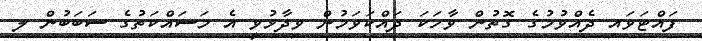
ފައްޓަވައި ދެއްވުމުގެ ގޮތުން ވާހަކަ ދައްކަވަމުން ވިދާޅުވީ އެ މަސައްކަތުގެ ސަބަބުން ލ